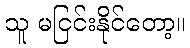
သူ မငြင်းနိုင်တော့။